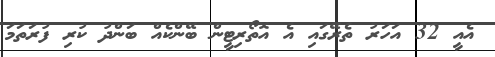
އެއީ 32 އަހަރު ތެރޭގައި އެ އޮތޯރިޓީން ބޭންކެއް ބަންދު ކުރި ފުރަތަމަ